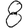
Digit: 8